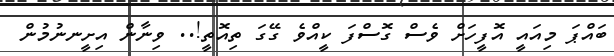
ބައްޕަ މިއައީ އޮފީހަށް ވެސް ގޮސްފަ ކީއްވެ ގޭގަ ތިއޮތީ!.. ވިނާން އިށީނނުމުން